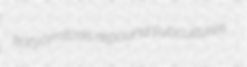
karyomitosis repound subcultures